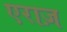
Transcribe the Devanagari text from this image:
एराज़